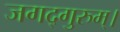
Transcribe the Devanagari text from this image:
जगद्गुरुम्।